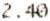
2.40